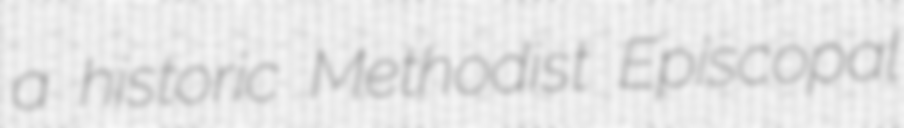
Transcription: a historic Methodist Episcopal